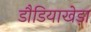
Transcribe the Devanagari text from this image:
डौडियाखेड़ा